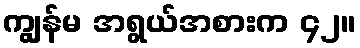
ကျွန်မ အရွယ်အစားက ၄၂။